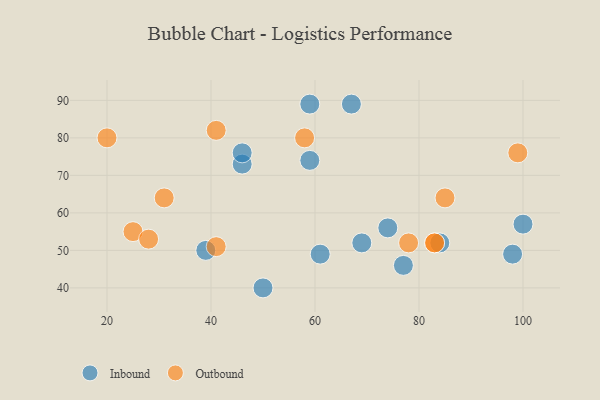
{"axis": {"x": "GDP", "y": "Life Expectancy"}, "legend": ["Inbound", "Outbound"], "data": [{"x": "84", "y": 52, "type": "Inbound"}, {"x": "59", "y": 74, "type": "Inbound"}, {"x": "39", "y": 50, "type": "Inbound"}, {"x": "69", "y": 52, "type": "Inbound"}, {"x": "61", "y": 49, "type": "Inbound"}, {"x": "46", "y": 73, "type": "Inbound"}, {"x": "77", "y": 46, "type": "Inbound"}, {"x": "100", "y": 57, "type": "Inbound"}, {"x": "74", "y": 56, "type": "Inbound"}, {"x": "67", "y": 89, "type": "Inbound"}, {"x": "98", "y": 49, "type": "Inbound"}, {"x": "50", "y": 40, "type": "Inbound"}, {"x": "46", "y": 76, "type": "Inbound"}, {"x": "59", "y": 89, "type": "Inbound"}, {"x": "31", "y": 64, "type": "Outbound"}, {"x": "99", "y": 76, "type": "Outbound"}, {"x": "25", "y": 55, "type": "Outbound"}, {"x": "58", "y": 80, "type": "Outbound"}, {"x": "78", "y": 52, "type": "Outbound"}, {"x": "41", "y": 51, "type": "Outbound"}, {"x": "20", "y": 80, "type": "Outbound"}, {"x": "83", "y": 52, "type": "Outbound"}, {"x": "41", "y": 82, "type": "Outbound"}, {"x": "85", "y": 64, "type": "Outbound"}, {"x": "83", "y": 52, "type": "Outbound"}, {"x": "28", "y": 53, "type": "Outbound"}]}